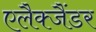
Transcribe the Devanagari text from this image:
एलैक्जैंडर